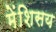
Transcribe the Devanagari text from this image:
मेंशिसय